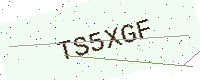
Text: TS5XGF